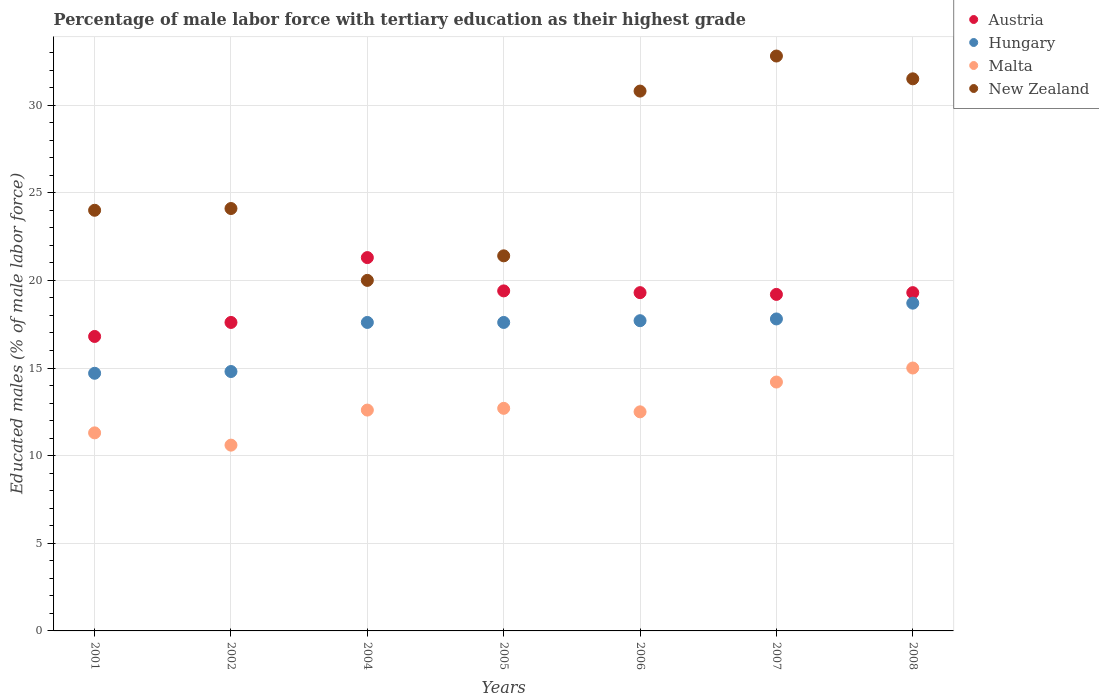
| Years | Austria | Hungary | Malta | New Zealand |
 | --- | --- | --- | --- | --- |
 | 2001 | 16.8 | 14.7 | 11.3 | 24 |
 | 2002 | 17.6 | 14.8 | 10.6 | 24.1 |
 | 2004 | 21.3 | 17.6 | 12.6 | 20 |
 | 2005 | 19.4 | 17.6 | 12.7 | 21.4 |
 | 2006 | 19.3 | 17.7 | 12.5 | 30.8 |
 | 2007 | 19.2 | 17.8 | 14.2 | 32.8 |
 | 2008 | 19.3 | 18.7 | 15 | 31.5 |